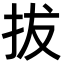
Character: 拔